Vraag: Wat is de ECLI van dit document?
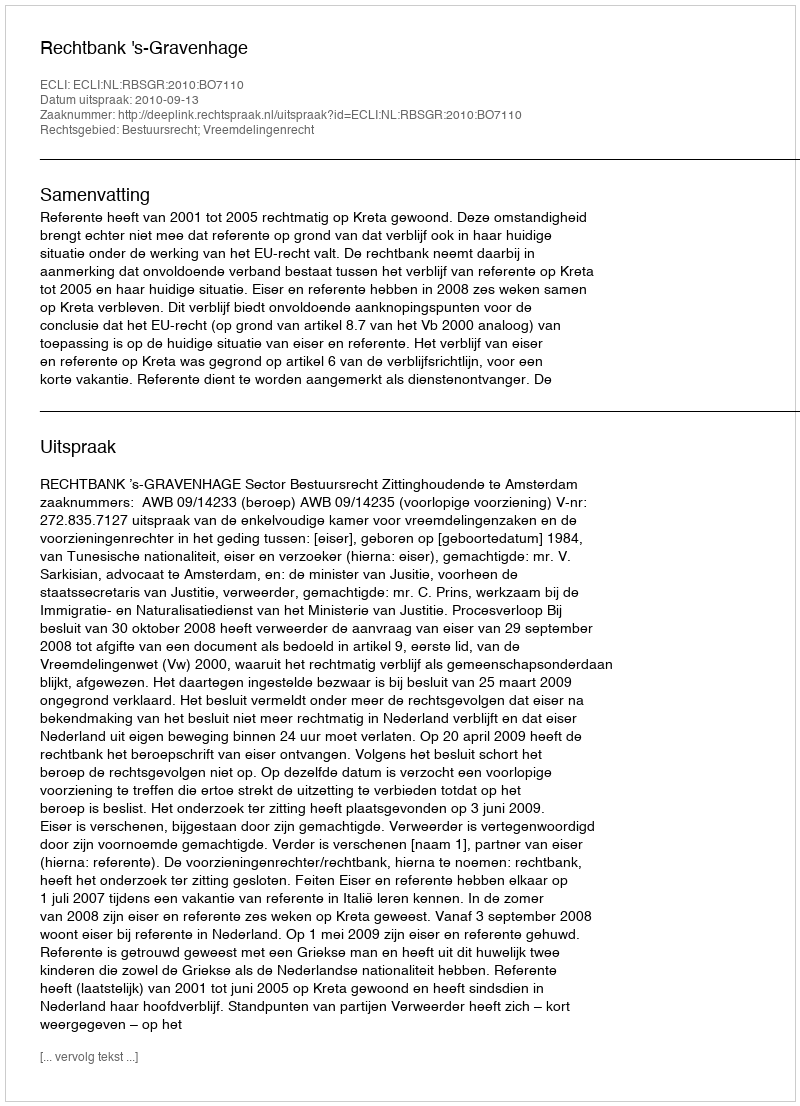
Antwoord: ECLI:NL:RBSGR:2010:BO7110